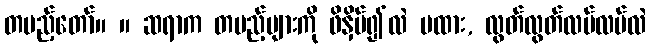
တပည့်တော်။ ။ ဆရာက တပည့်များကို ဖိနှိပ်၍လဲ မထား, လွတ်လွတ်လပ်လပ်လဲ